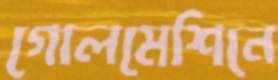
গোলমেশিনে